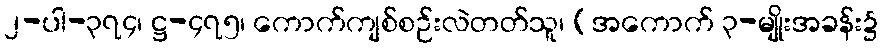
၂-ပါ-၃၇၄၊ ဋ္ဌ-၄၇၅၊ ကောက်ကျစ်စဉ်းလဲတတ်သူ၊ (အကောက် ၃-မျိုးအခန်း၌